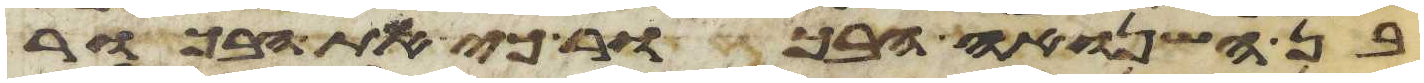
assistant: בן השנואה הבכור כי את הבכור